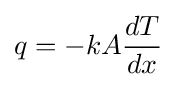
q=-kA{\frac {dT}{dx}}